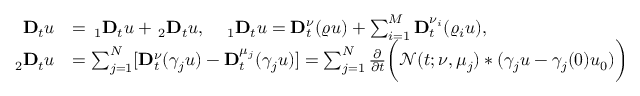
\begin{array} { r l } { \mathbf { D } _ { t } u } & { = \, _ { 1 } \mathbf { D } _ { t } u + \, _ { 2 } \mathbf { D } _ { t } u , \quad \, _ { 1 } \mathbf { D } _ { t } u = \mathbf { D } _ { t } ^ { \nu } ( \varrho u ) + \sum _ { i = 1 } ^ { M } \mathbf { D } _ { t } ^ { \nu _ { i } } ( \varrho _ { i } u ) , } \\ { \, _ { 2 } \mathbf { D } _ { t } u } & { = \sum _ { j = 1 } ^ { N } [ \mathbf { D } _ { t } ^ { \nu } ( \gamma _ { j } u ) - \mathbf { D } _ { t } ^ { \mu _ { j } } ( \gamma _ { j } u ) ] = \sum _ { j = 1 } ^ { N } \frac { \partial } { \partial t } \bigg ( \mathcal { N } ( t ; \nu , \mu _ { j } ) * ( \gamma _ { j } u - \gamma _ { j } ( 0 ) u _ { 0 } ) \bigg ) } \end{array}